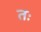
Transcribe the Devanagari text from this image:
तः